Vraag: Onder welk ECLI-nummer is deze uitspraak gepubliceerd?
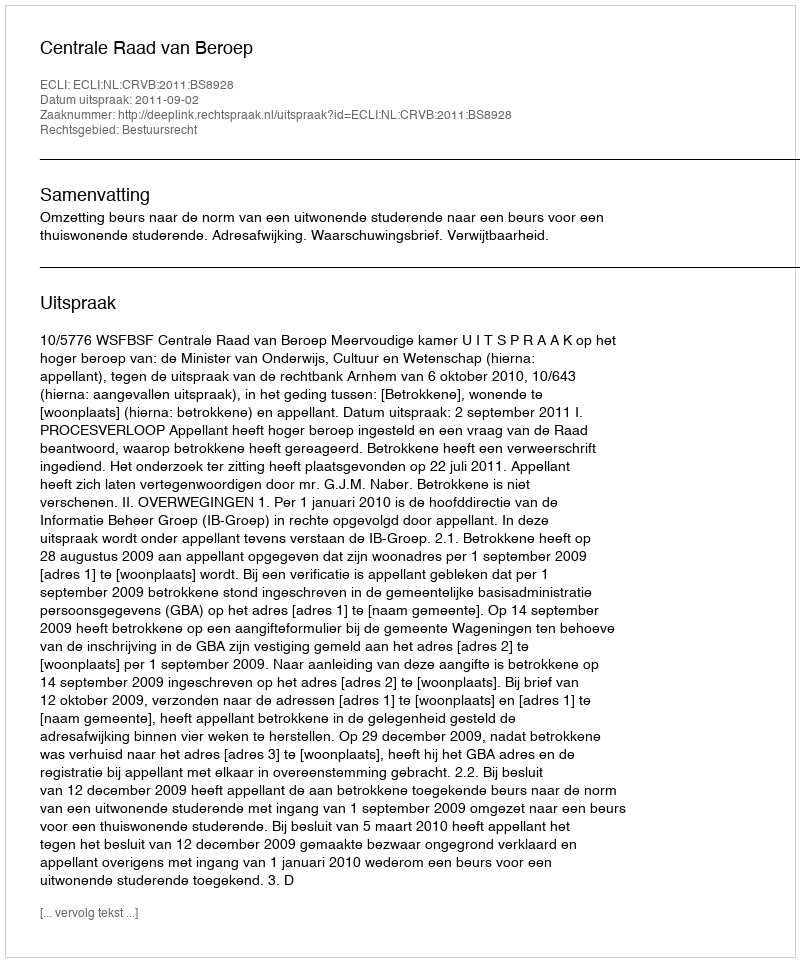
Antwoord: ECLI:NL:CRVB:2011:BS8928